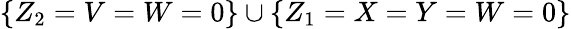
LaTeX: \{ Z_{2}=V=W=0\} \cup\{ Z_{1}=X=Y=W=0\}